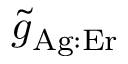
\tilde { g } _ { \mathrm { A g : E r } }